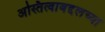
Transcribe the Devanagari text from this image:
अस्तित्वाबद्दलच्या